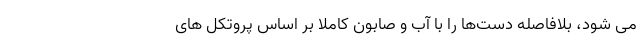
می شود، بلافاصله دست‌ها را با آب و صابون کاملاً بر اساس پروتکل های